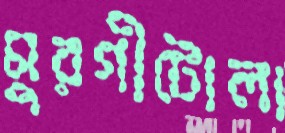
মুরগীটোলা